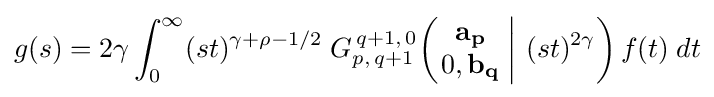
g(s)=2\gamma \int _{0}^{\infty }(st)^{\gamma +\rho -1/2}\;G_{p,\,q+1}^{\,q+1,\,0}\!\left(\left.{\begin{matrix}\mathbf {a_{p}} \\0,\mathbf {b_{q}} \end{matrix}}\;\right|\,(st)^{2\gamma }\right)f(t)\;dt